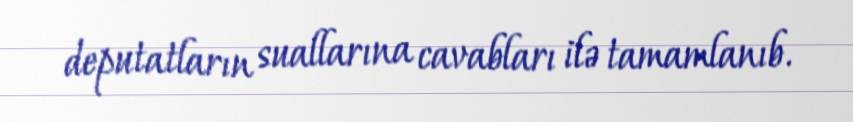
deputatların suallarına cavabları ilə tamamlanıb.